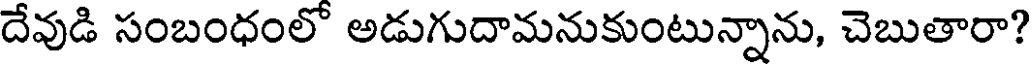
దేవుడి సంబంధంలో అడుగుదామనుకుంటున్నాను, చెబుతారా?